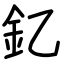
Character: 釔